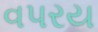
વપરય